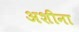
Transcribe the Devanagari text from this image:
अशीना